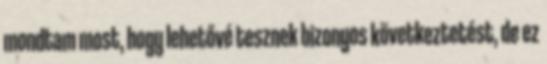
mondtam most, hogy lehetővé tesznek bizonyos következtetést, de ez